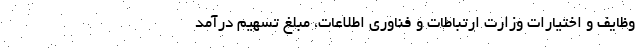
وظایف و اختیارات وزارت ارتباطات و فناوری اطلاعات، مبلغ تسهیم درآمد